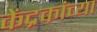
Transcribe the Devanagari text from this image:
केंद्रकांच्या